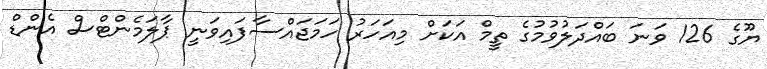
ޔޫގެ 126 ވަނަ ބައްދަލުވުމުގެ ތީމް އަކަށް މިއަހަރު ހަމަޖައްސާފައިވަނީ ޕާލަމެންޓްސް އެންޑް